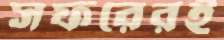
সফরেরই